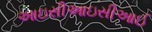
આઇસીઆઇસીઆઈ